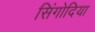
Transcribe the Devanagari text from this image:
सिंगोदिया